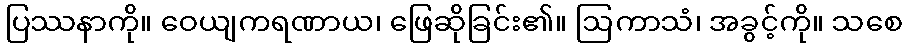
ပြဿနာကို။ ဝေယျကရဏာယ၊ ဖြေဆိုခြင်း၏။ ဩကာသံ၊ အခွင့်ကို။ သစေ